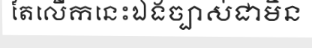
តែលើកនេះឯងច្បាស់ជាមិន